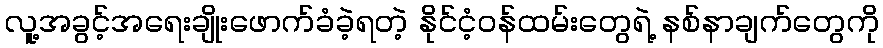
လူ့အခွင့်အရေးချိုးဖောက်ခံခဲ့ရတဲ့ နိုင်ငံ့ဝန်ထမ်းတွေရဲ့ နစ်နာချက်တွေကို